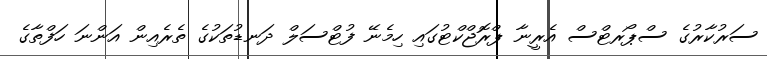
ސަރުކާރުގެ ސްޕޯރޓްސް އެރީނާ ޕްރޮޖްކްޓުގައި ހިމެނޭ ފުޓްސަލް ދަނޑުތަކުގެ ތެރެއިން އަންނަ ހަފްތާގެ